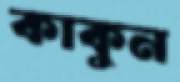
কাকুন